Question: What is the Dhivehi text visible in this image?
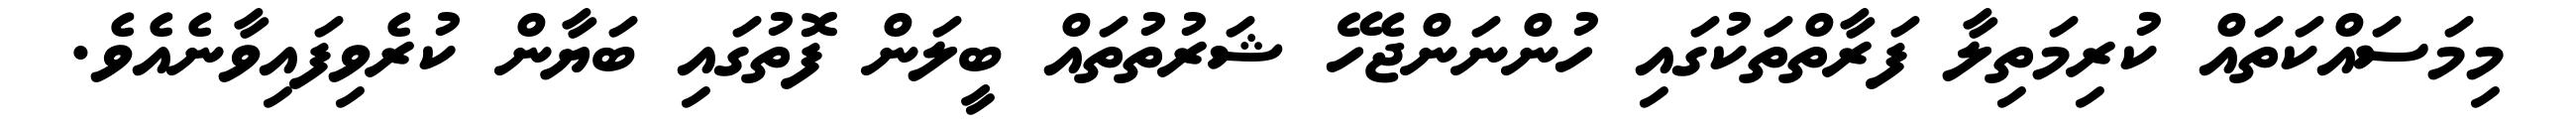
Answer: މިމަސައްކަތައް ކުރިމަތިލާ ފަރާތްތަކުގައި ހުންނަންޖެހޭ ޝަރުތުތައް ބީލަން ފޮތުގައި ބަޔާން ކުރެވިފައިވާނެއެވެ.